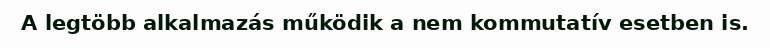
A legtöbb alkalmazás működik a nem kommutatív esetben is.